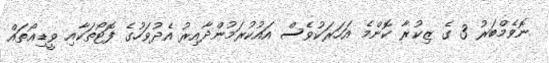
ނޮވެމްބަރު 3 ގެ ޒިކުރާ ކޮންމެ އަހަރަކުވެސް އައުކުރަމުންދާއިރު އެދުވަހުގެ ފޮޓޯތަކާއި ވީޑިއޯތައް